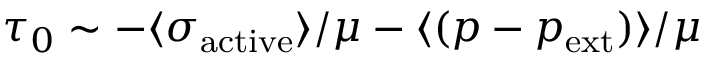
\tau _ { 0 } \sim - \langle \sigma _ { \mathrm { a c t i v e } } \rangle / \mu - \langle ( p - p _ { \mathrm { e x t } } ) \rangle / \mu